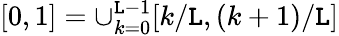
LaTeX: [0,1]=\cup_{k=0}^{\mathtt{L}-1}[k/\mathtt{L},(k+1)/\mathtt{L}]